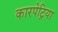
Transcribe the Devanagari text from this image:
कारपेट्रिया